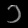
Digit: ၁